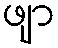
ဖျာ